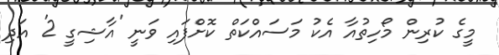
މީގެ ކުރިން މޯހިތުއާ އެކު މަސައްކަތް ކޮށްފައި ވަނީ 'އާޝިގީ 2' އަދި